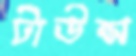
টাউন্স